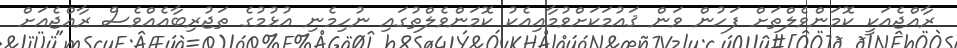
ރާއްޖެއަކީ ކޮމަންވެލްތަށް ފަހުން ވަން ޤައުމަކަށްވުމާއިއެކު ކޮމަންވެލްތުގައި ނުހިމެނި އުޅުމުގެ ތަޖުރިބާއެއްވެސް ރާއްޖެއަށް